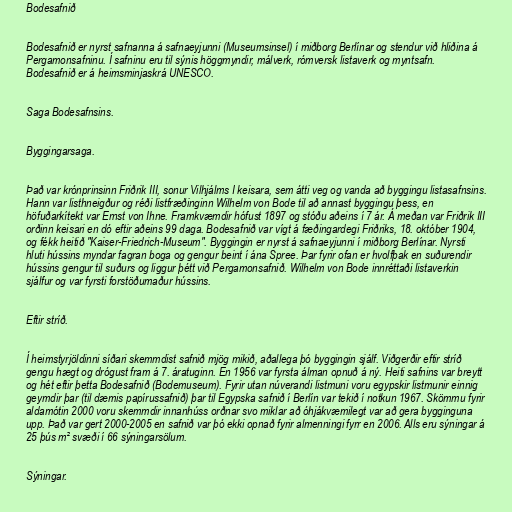
Bodesafnið

Bodesafnið er nyrst safnanna á safnaeyjunni (Museumsinsel) í miðborg Berlínar og stendur við hliðina á
Pergamonsafninu. Í safninu eru til sýnis höggmyndir, málverk, rómversk listaverk og myntsafn.
Bodesafnið er á heimsminjaskrá UNESCO.

Saga Bodesafnsins.

Byggingarsaga.

Það var krónprinsinn Friðrik III, sonur Vilhjálms I keisara, sem átti veg og vanda að byggingu listasafnsins.
Hann var listhneigður og réði listfræðinginn Wilhelm von Bode til að annast byggingu þess, en
höfuðarkítekt var Ernst von Ihne. Framkvæmdir hófust 1897 og stóðu aðeins í 7 ár. Á meðan var Friðrik III
orðinn keisari en dó eftir aðeins 99 daga. Bodesafnið var vígt á fæðingardegi Friðriks, 18. október 1904,
og fékk heitið "Kaiser-Friedrich-Museum". Byggingin er nyrst á safnaeyjunni í miðborg Berlínar. Nyrsti
hluti hússins myndar fagran boga og gengur beint í ána Spree. Þar fyrir ofan er hvolfþak en suðurendir
hússins gengur til suðurs og liggur þétt við Pergamonsafnið. Wilhelm von Bode innréttaði listaverkin
sjálfur og var fyrsti forstöðumaður hússins.

Eftir stríð.

Í heimstyrjöldinni síðari skemmdist safnið mjög mikið, aðallega þó byggingin sjálf. Viðgerðir eftir stríð
gengu hægt og drógust fram á 7. áratuginn. En 1956 var fyrsta álman opnuð á ný. Heiti safnins var breytt
og hét eftir þetta Bodesafnið (Bodemuseum). Fyrir utan núverandi listmuni voru egypskir listmunir einnig
geymdir þar (til dæmis papírussafnið) þar til Egypska safnið í Berlín var tekið í notkun 1967. Skömmu fyrir
aldamótin 2000 voru skemmdir innanhúss orðnar svo miklar að óhjákvæmilegt var að gera bygginguna
upp. Það var gert 2000-2005 en safnið var þó ekki opnað fyrir almenningi fyrr en 2006. Alls eru sýningar á
25 þús m² svæði í 66 sýningarsölum.

Sýningar.